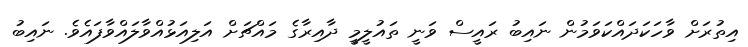
އިތުރަށް ވާހަކަދައްކަވަމުން ނައިބު ރައީސް ވަނީ ތައުލީމީ ދާއިރާގެ މައްޗަށް އަލިއަޅުއްވާލައްވާފައެވެ. ނައިބު